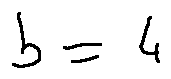
b = 4